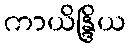
ကာယိန္ဒြိယ